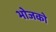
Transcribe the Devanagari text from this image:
भोजको